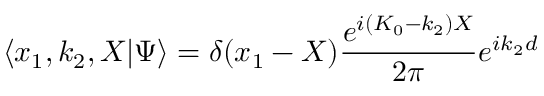
\langle x _ { 1 } , k _ { 2 } , X | \Psi \rangle = \delta ( x _ { 1 } - X ) \frac { e ^ { i ( K _ { 0 } - k _ { 2 } ) X } } { 2 \pi } e ^ { i k _ { 2 } d }